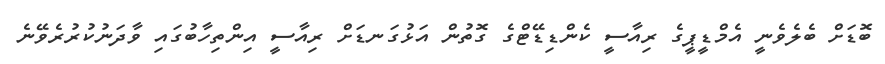
ބޮޑަށް ބެލެވެނީ އެމްޑީޕީގެ ރިއާސީ ކެންޑިޑޭޓްގެ ގޮތުން އަޅުގަނޑަށް ރިއާސީ އިންތިހާބުގައި ވާދަނުކުރުރެވޭނެ